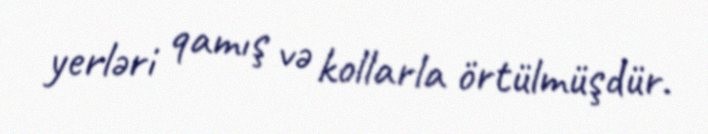
yerləri qamış və kollarla örtülmüşdür.